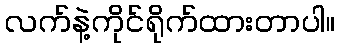
လက်နဲ့ကိုင်ရိုက်ထားတာပါ။